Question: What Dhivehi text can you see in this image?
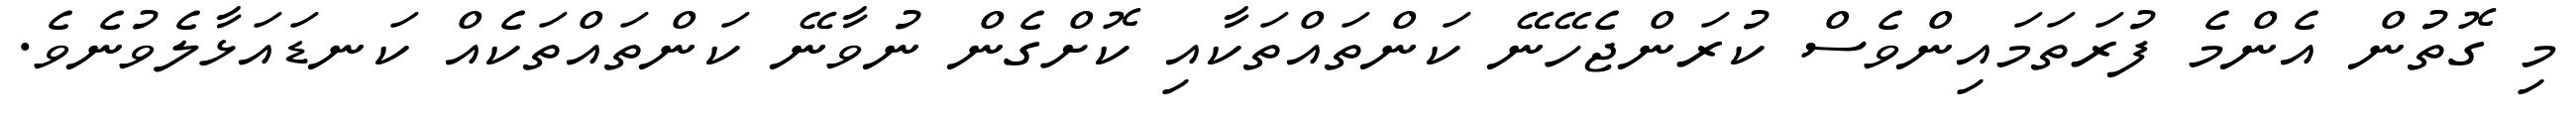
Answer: މި ގޮތުން އެންމެ ފުރަތަމައިންވެސް ކުރަންޖެހޭނޭ ކަންތައްތަކާއި ކޮށްގެން ނުވާނޭ ކަންތައްތަކެއް ކަނޑައަޅާލެވުނެވެ.